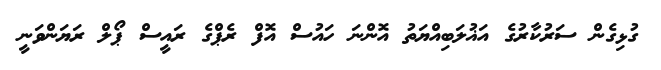
ގުޅިގެން ސަރުކާރުގެ އަޣުލަބިއްޔަތު އޮންނަ ހައުސް އޮފް ރެޕްގެ ރައީސް ޕޯލް ރަޔަންވަނީ